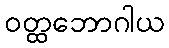
ဝတ္ထဘောဂါယ